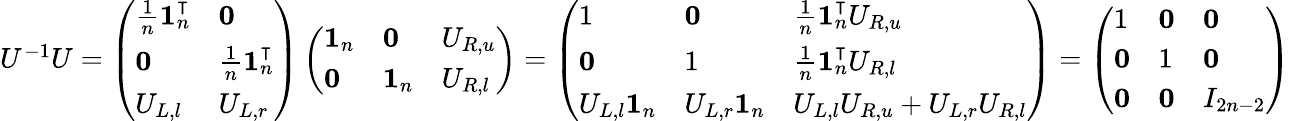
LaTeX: \begin{array}{r}{U^{-1}U=\left(\begin{array}{ll}{\frac{1}{n}\mathbf{1}_{n}^{\intercal}}&{\mathbf{0}}\\ {\mathbf{0}}&{\frac{1}{n}\mathbf{1}_{n}^{\intercal}}\\ {U_{L,l}}&{U_{L,r}}\end{array}\right)\left(\begin{array}{lll}{\mathbf{1}_{n}}&{\mathbf{0}}&{U_{R,u}}\\ {\mathbf{0}}&{\mathbf{1}_{n}}&{U_{R,l}}\end{array}\right)=\left(\begin{array}{lll}{1}&{\mathbf{0}}&{\frac{1}{n}\mathbf{1}_{n}^{\intercal}U_{R,u}}\\ {\mathbf{0}}&{1}&{\frac{1}{n}\mathbf{1}_{n}^{\intercal}U_{R,l}}\\ {U_{L,l}\mathbf{1}_{n}}&{U_{L,r}\mathbf{1}_{n}}&{U_{L,l}U_{R,u}+U_{L,r}U_{R,l}}\end{array}\right)=\left(\begin{array}{lll}{1}&{\mathbf{0}}&{\mathbf{0}}\\ {\mathbf{0}}&{1}&{\mathbf{0}}\\ {\mathbf{0}}&{\mathbf{0}}&{I_{2n-2}}\end{array}\right)}\end{array}